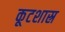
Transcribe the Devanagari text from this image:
कूटशास्र